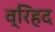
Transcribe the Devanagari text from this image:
व्रिहद